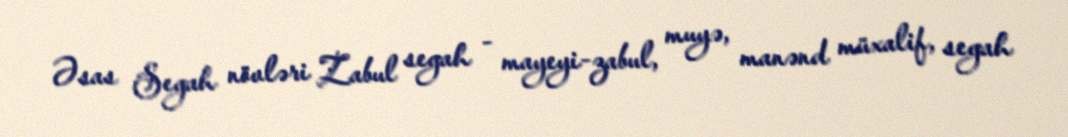
Əsas Segah növləri Zabul segah - mayeyi-zabul, muyə, manənd müxalif, segah